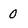
Character: 0